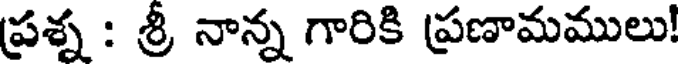
ప్రశ్న : శ్రీ నాన్న గారికి ప్రణామములు!